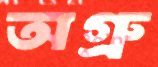
অগ্রু